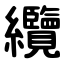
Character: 纜